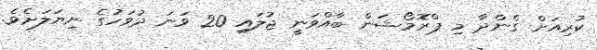
ކުރިއަށް ގެންދާ މި ޕްރޮމޯޝަން ބާއްވަނީ ޖުލައި 20 ވަނަ ދުވަހުގެ ނިޔަލަށެވެ.